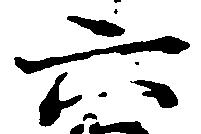
六